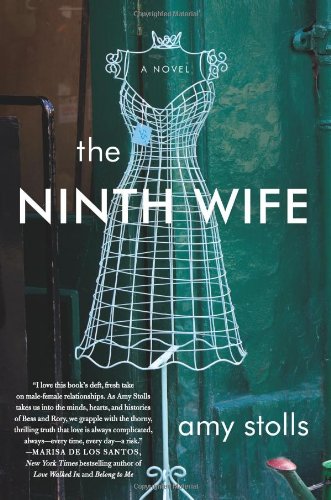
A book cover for The Ninth Wife: A Novel; Amy Stolls; Literature & Fiction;